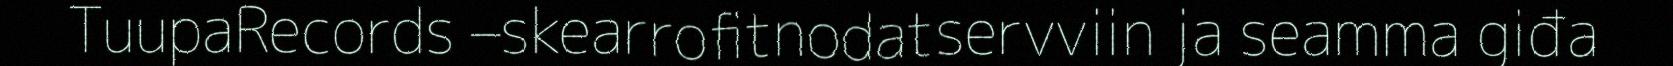
TuupaRecords –skearrofitnodatservviin ja seamma giđa